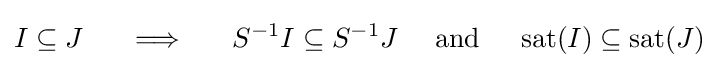
I\subseteq J\quad \ \implies \quad \ S^{-1}I\subseteq S^{-1}J\quad \ {\text{and}}\quad \ \operatorname {sat} (I)\subseteq \operatorname {sat} (J)